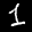
Label: 1